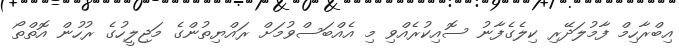
އިބްރާހިމް ފާމުލަދޭރި ކިލެގެފާނު ސޮއިކުރެއްވި މި އެއްބަސްވުމަށް ރައްޔިތުންގެ މަޖިލީހުގެ ރުހުން އޮތްތޯ